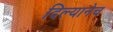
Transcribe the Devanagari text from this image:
दिल्यानेच